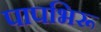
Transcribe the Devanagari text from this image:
पापभिरू